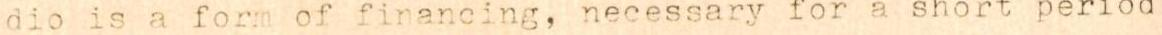
dio is a form of financing, necessary for a short period